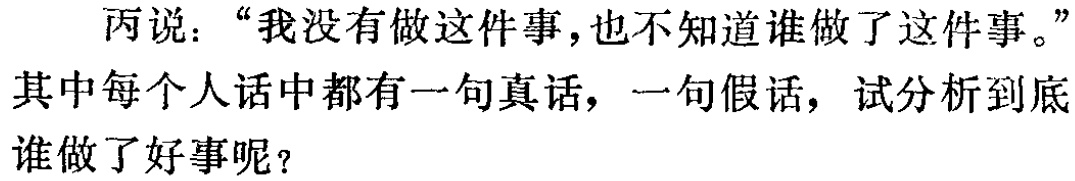
丙说：“我没有做这件事，也不知道谁做了这件事。”

其中每个人话中都有一句真话，一句假话，试分析到底谁做了好事呢？